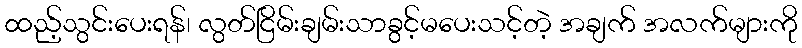
ထည့်သွင်းပေးရန်၊ လွတ်ငြိမ်းချမ်းသာခွင့်မပေးသင့်တဲ့ အချက် အလက်များကို